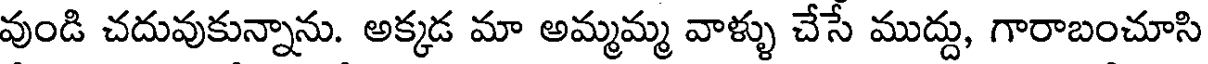
వుండి చదువుకున్నాను. అక్కడ మా అమ్మమ్మ వాళ్ళు చేసే ముద్దు, గారాబంచూసి